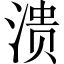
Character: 溃